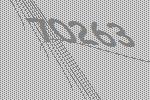
70263